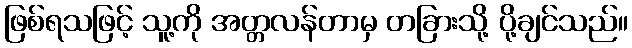
ဖြစ်ရသဖြင့် သူ့ကို အတ္တလန်တာမှ တခြားသို့ ပို့ချင်သည်။